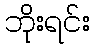
ဘိုးရင်း